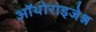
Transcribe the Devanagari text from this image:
ऑथोराइजेश्न